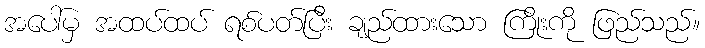
အပေါ်မှ အထပ်ထပ် ရစ်ပတ်ပြီး ချည်ထားသော ကြိုးကို ဖြည်သည်။